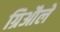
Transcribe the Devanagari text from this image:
ग्रिऔले